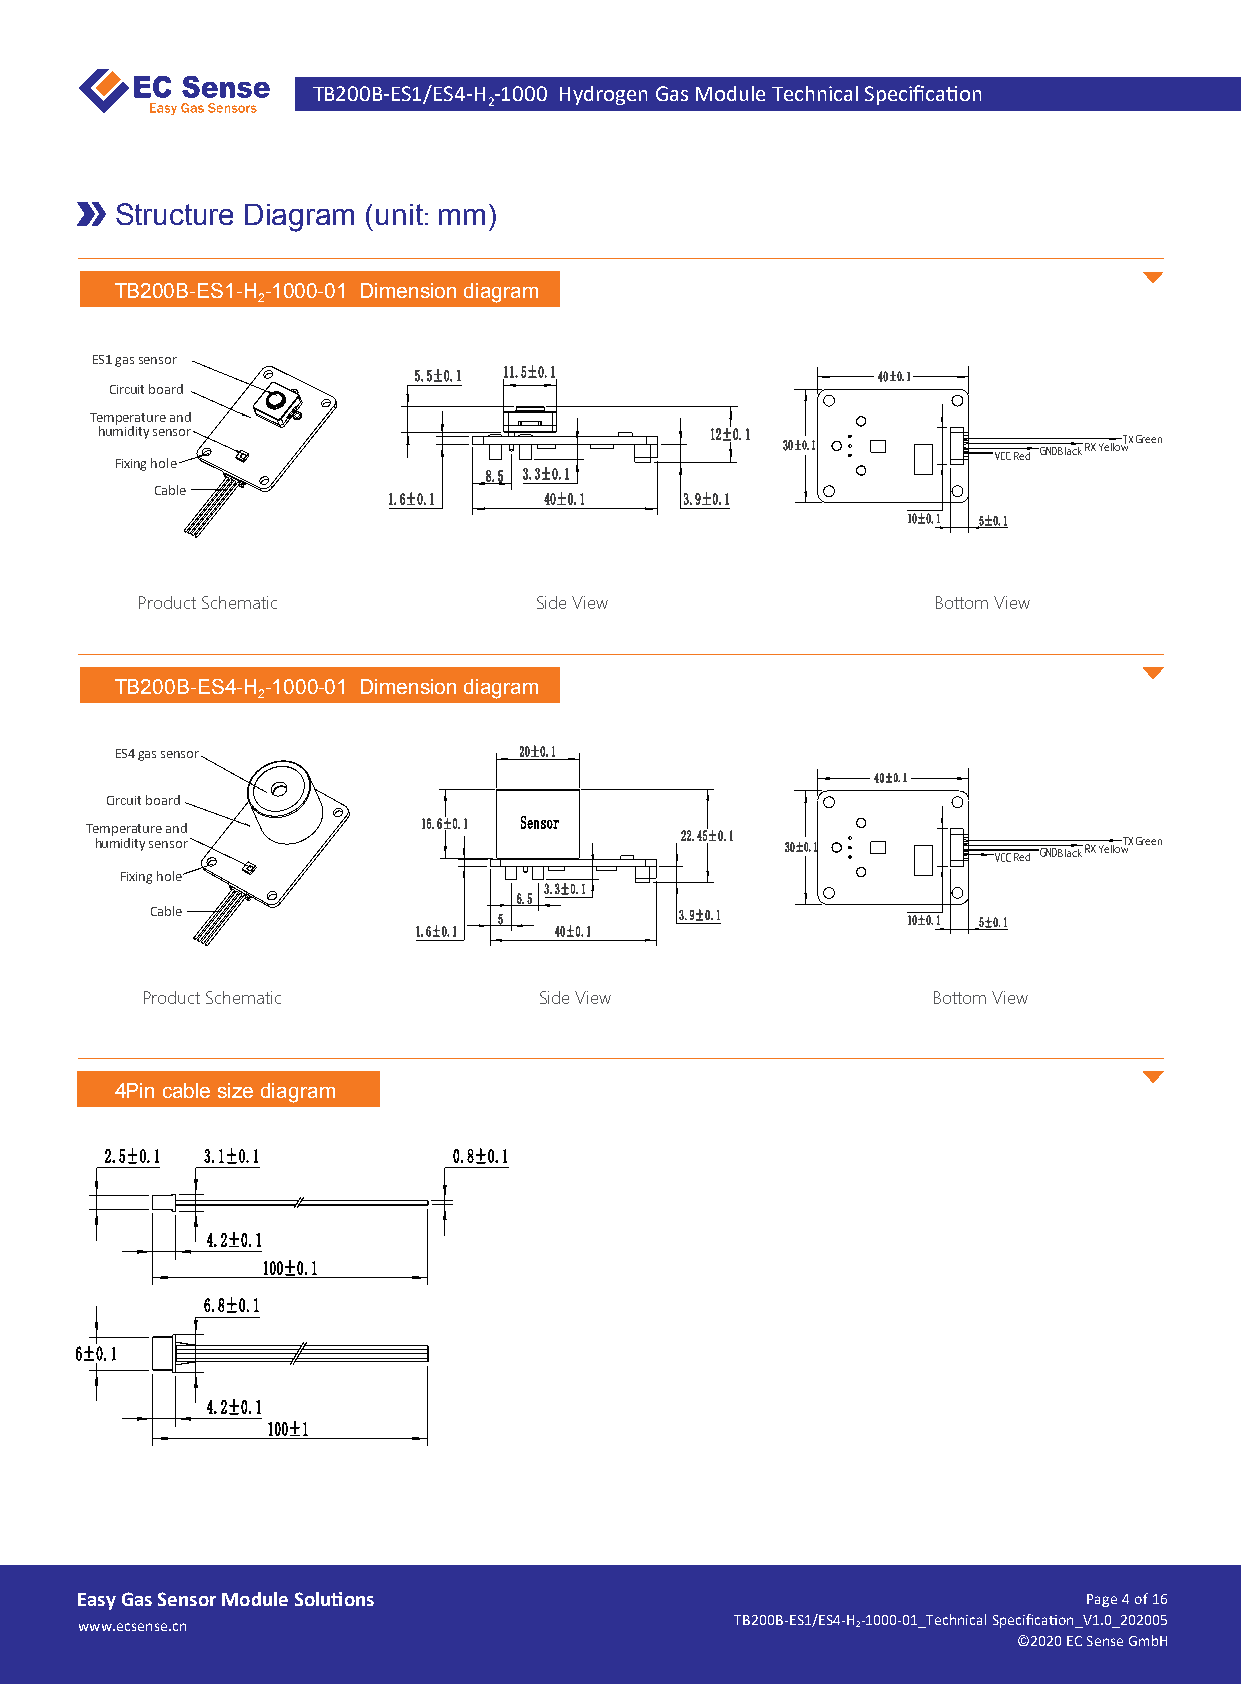
TB200B-ES1/ES4-H -1000 Hydrogen Gas Module Technical Specifica�on
 2
 Structure Diagram (unit: mm)
 TB200B-ES1-H -1000-01 Dimension diagram
 2
 ES1 gas sensor
 Circuit board
 Temperature and
 humidity sensor
 Green
 Fixing hole                                                Red Black Yellow
 Cable
 Product Schematic         Side View                  Bottom View
 TB200B-ES4-H -1000-01 Dimension diagram
 2
 ES4 gas sensor
 Circuit board
 Temperature and
 humidity sensor                                                      Green
 Red Black Yellow
 Fixing hole
 Cable
 Product Schematic          Side View                 Bottom View
 4Pin cable size diagram
 Easy Gas Sensor Module Solu�ons                                    Page 4 of 16
 www.ecsense.cn                              TB200B-ES1/ES4-H 2-1000-01_Technical Specifica�on_V1.0_202005
 ©2020 EC Sense GmbH